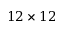
1 2 \times 1 2